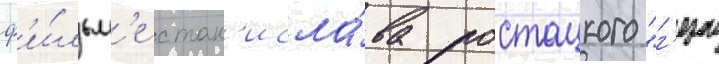
ф'и́льм'е стан'исла́ва ростоцкого "г'ерои